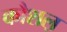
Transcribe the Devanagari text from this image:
कौशल़